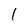
Character: 1